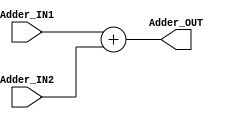
// TYPE: module
// DEPARTMENT: communication and electronics department
// AUTHOR EMAIL: mina.hannaone@gmail.com
//------------------------------------------------
// Release history
// VERSION DATE AUTHOR DESCRIPTION
// 1.0 10/7/2022 Mina Hanna final version
//------------------------------------------------
// KEYWORDS: adder, pc adder , incrementing pc
//------------------------------------------------
// PURPOSE: adder to increment pc in the mips\
///////////////defining input and output ports//////////
module Adder #( parameter WIDTH = 32) (
  input    wire    [WIDTH-1:0]    Adder_IN1,
  input    wire    [WIDTH-1:0]    Adder_IN2,
  output   wire    [WIDTH-1:0]    Adder_OUT);
  //////////////////combinational logic///////////////
  
  assign Adder_OUT = Adder_IN1 + Adder_IN2;
endmodule